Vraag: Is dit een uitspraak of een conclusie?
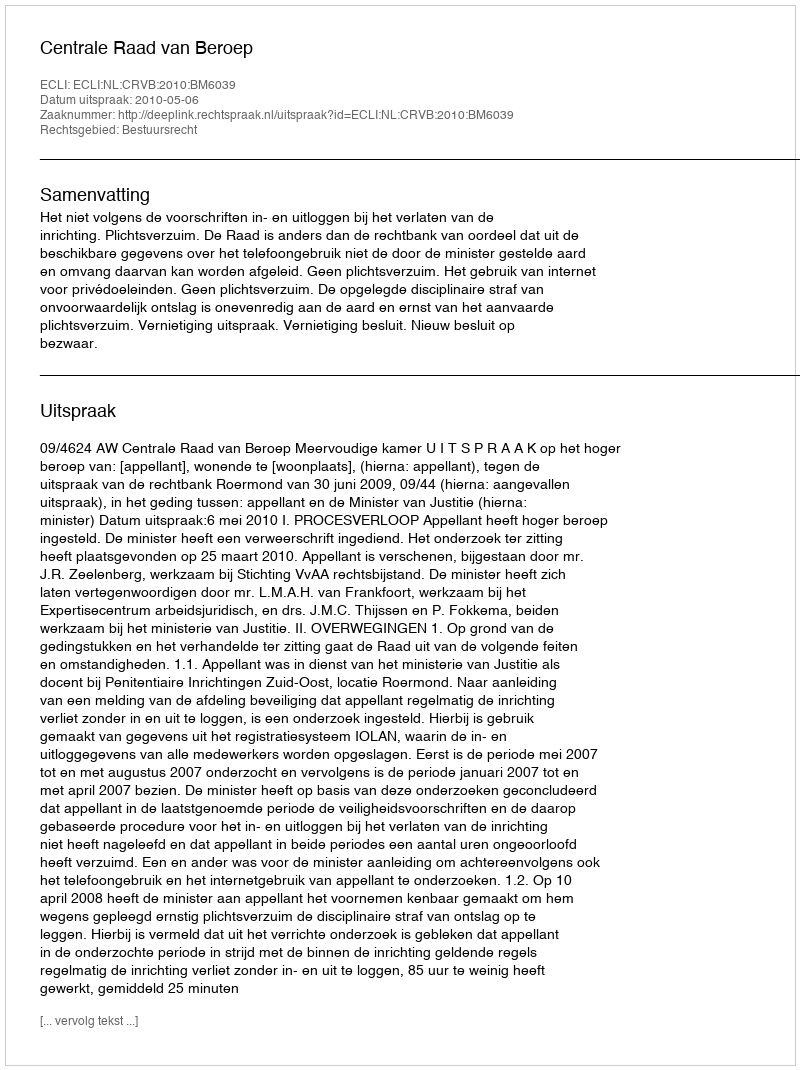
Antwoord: Uitspraak